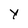
Character: Y